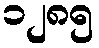
၁၂၈၅